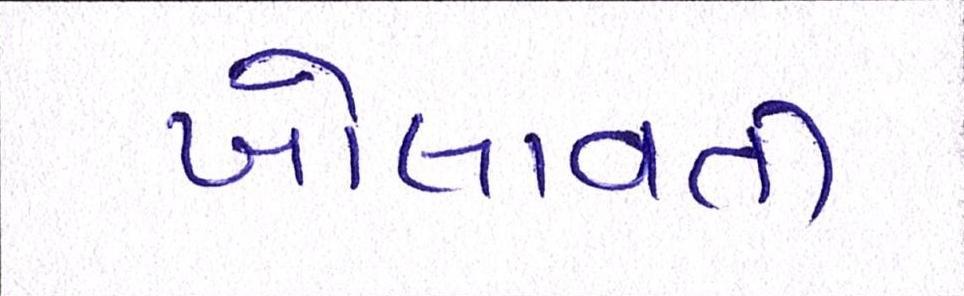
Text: ખોલાવતી